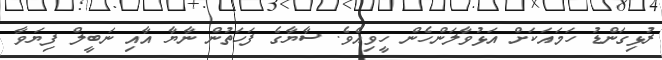
ރުޅިގަންޑު ހަމަައަކަށް އަޅުވާލަންހެން ހީވިއެވެ. ސާޔާގެ ފަހަތުން ނާޔާ އާއި ނަބީލް ފިޔަވާ